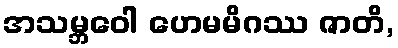
အသမ္ဘဝေါ ဟေမမိဂဿ ဇာတိ,